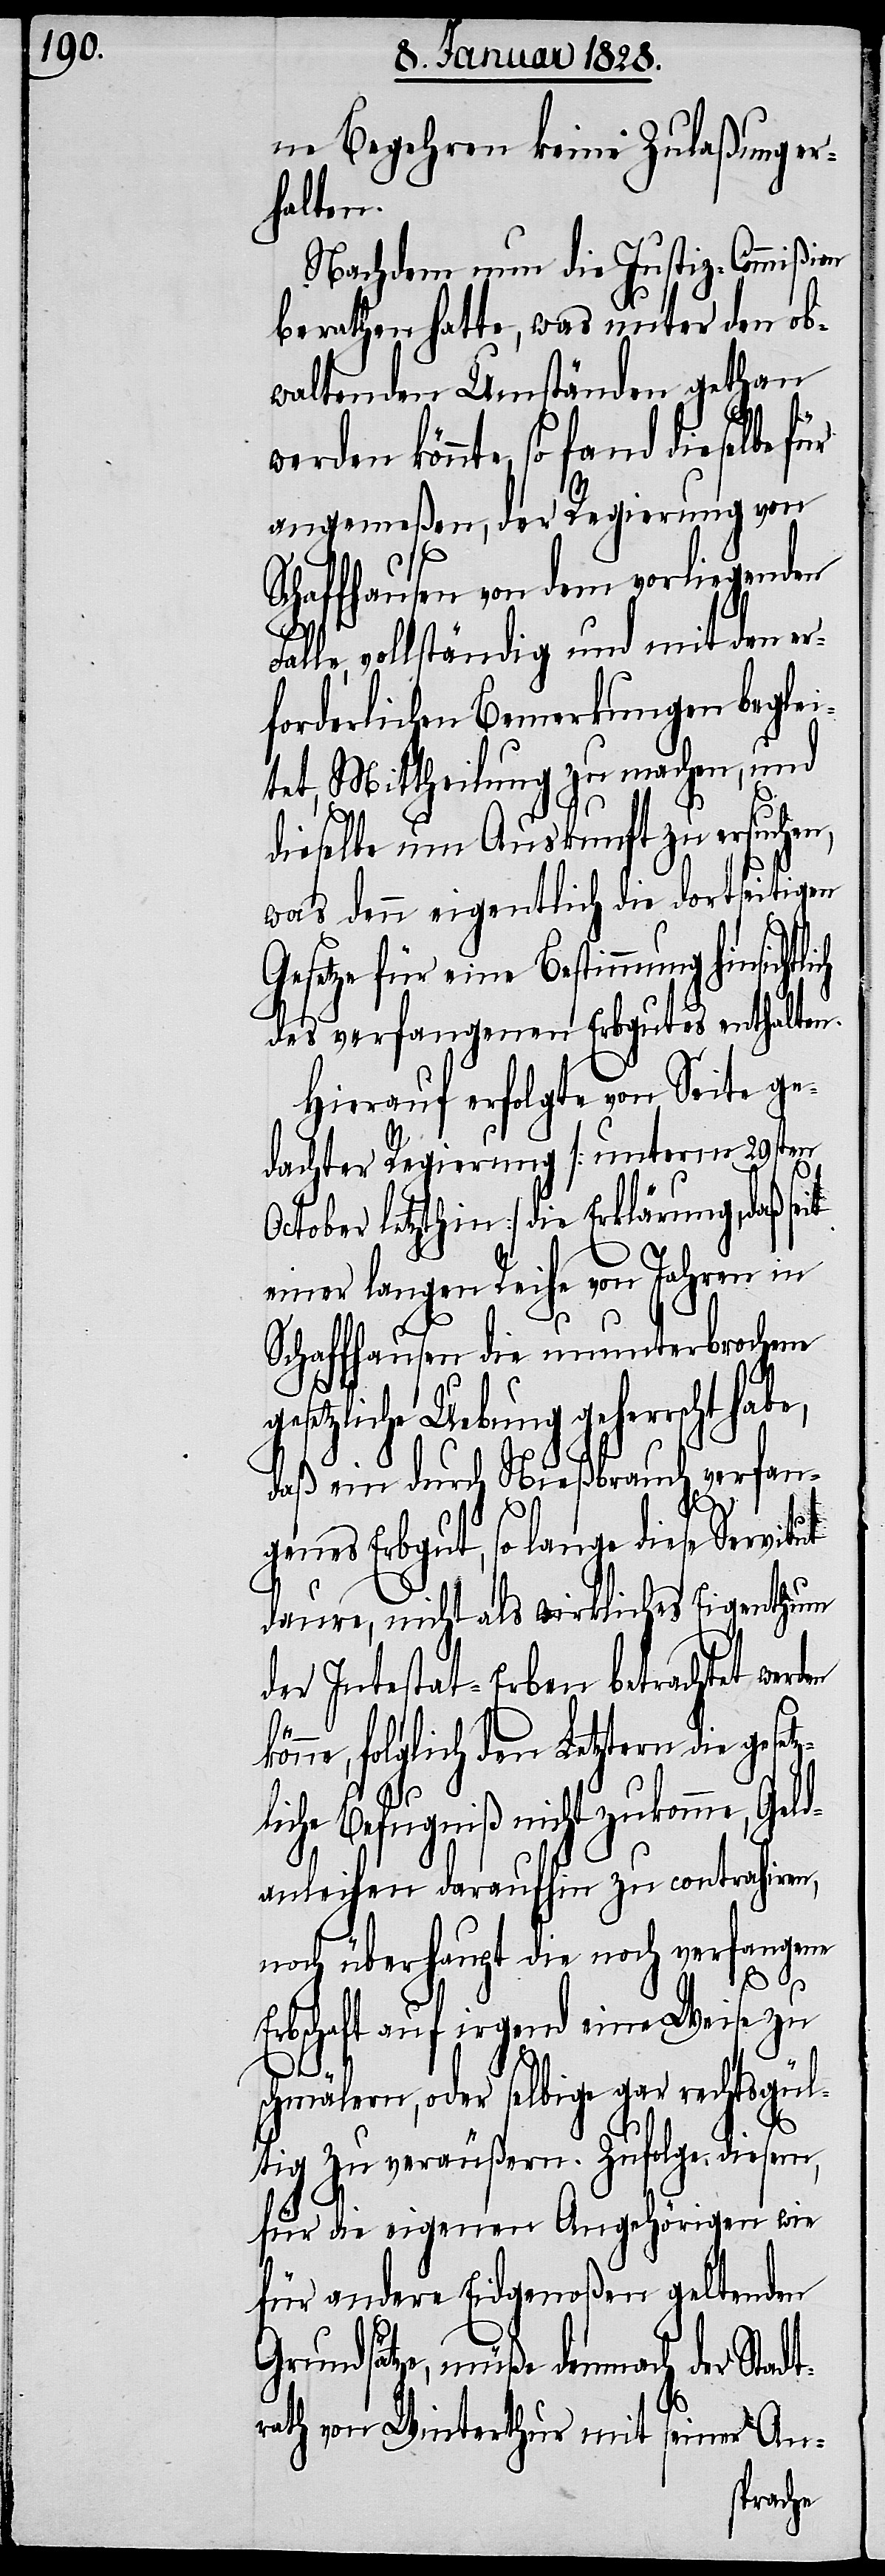
ne Begehren keine Zulaßung er¬
halten.
Nachdem nun die Justiz-Commißion
berathen hatte, was unter den ob¬
waltenden Umständen gethan
könnte, so fand dieselbe für
angemeßen, der Regierung von
Schaffhausen von dem vorliegenden
Falle, vollständig und mit den er¬
forderlichen Bemerkungen beglei¬
tet, Mittheilung zu machen, und
dieselbe um Auskunft zu ersuchen,
was denn eigentlich die dortseitigen
Gesetze für deine Bestimmung hinsichtl¬
des verfangenen Erbgutes enthalten.
Hierauf erfolgte von Seite ge¬
dachter Regierung [unterm 29sten
October letzthin] die Erklärung, daß se¬
einer langen Reihe von Jahren in
Schaffhausen die ununterbrochene
gesetzliche Uebung geherrscht habe,
daß ein durch Nießbrauch verfan¬
genes Erbgut, so lange diese
daure, nicht als wirkliches Eigenthum
der Intestat-Erben betrachtet werd¬
nne, folglich den Letztern die geset¬
zliche Befugniß nicht zukomme, Geld¬
anleihen daraufhin zu contrahiren,
noch überhaupt die noch verfangene
en
kö¬
Erbschaft auf irgend eine Weise zu
schmälern, oder selbige gar rechtsgül¬
tig zu veräußern. Zufolge diesem,
für die eigenen Angehörigen wie
für andere Eidgenoßen geltenden
Grundsätze, müße demnach der Stadt¬
rath von Winterthur mit seiner An-